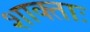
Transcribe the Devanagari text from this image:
शाक्ताः